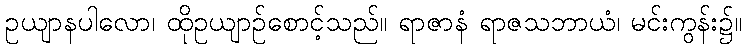
ဥယျာနပါလော၊ ထိုဥယျာဉ်စောင့်သည်။ ရာဇာနံ ရာဇသဘာယံ၊ မင်းကွန်း၌။